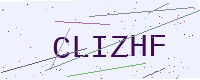
Text: CLIZHF